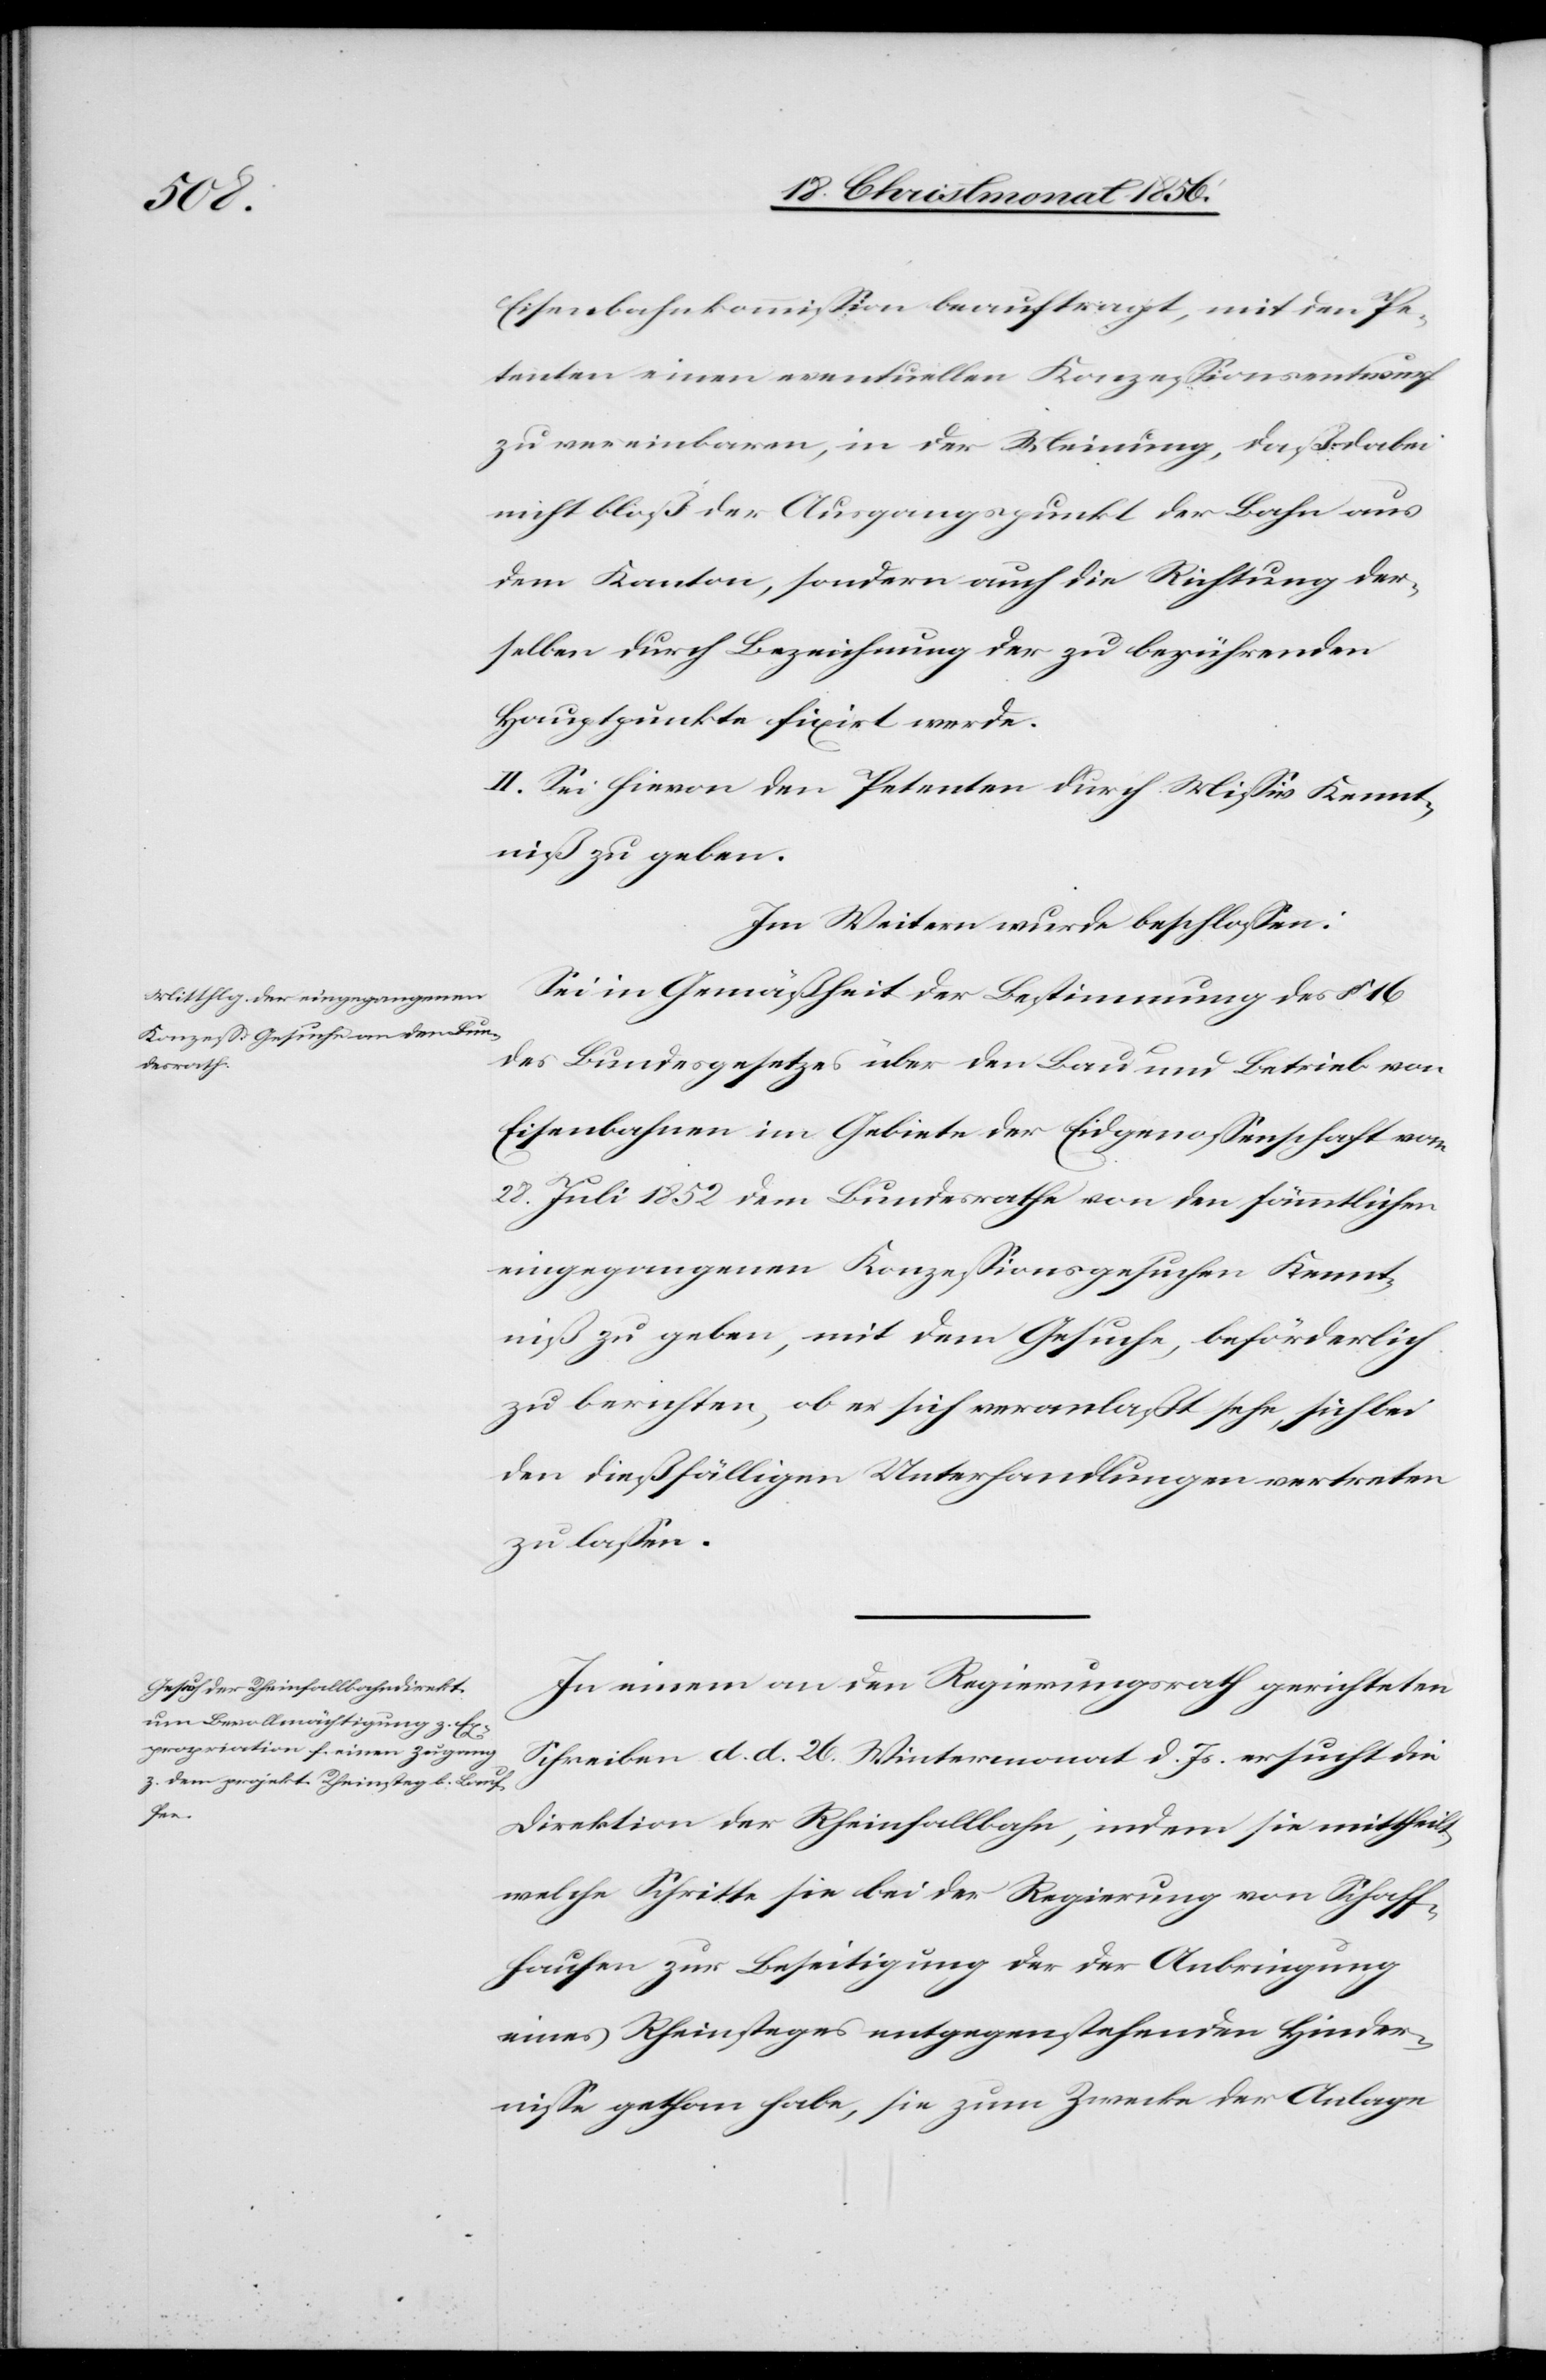
Eisenbahnkommission beauftragt, mit den Pe¬
tenten einen eventuellen Konzessionsentwurf
zu vereinbaren, in der Meinung, daß dabei
nicht bloß der Ausgangspunkt der Bahn aus
dem Kanton, sondern auch die Richtung der¬
selben durch Bezeichnung der zu berührenden
Hauptpunkte fixirt werde.
II. Sei hievon den Petenten durch Missiv Kennt¬
niß zu geben.
Im Weitern wurde beschlossen:
Sei in Gemäßheit der Bestimmung des § 16
des Bundesgesetzes über den Bau und Betrieb von
Eisenbahnen im Gebiete der Eidgenossenschaft vom
28. Juli 1852 dem Bundesrathe von den sämmtlichen
eingegangenen Konzessionsgesuchen Kennt¬
niß zu geben, mit dem Gesuche, beförderlich
zu berichten, ob er sich veranlaßt sehe, sich bei
den dießfälligen Unterhandlungen vertreten
zu lassen.
In einem an den Regierungsrath gerichteten
Schreiben d. d. 26. Wintermonat d. Js. ersucht die
Direktion der Rheinfallbahn, indem sie mittheilt,
welche Schritte sie bei der Regierung von Schaff¬
hausen zur Beseitigung der der Anbringung
eines Rheinsteges entgegenstehenden Hinder¬
nisse gethan habe, sie zum Zwecke der Anlage